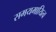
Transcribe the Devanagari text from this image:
समयमायित्व